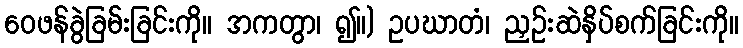
ဝေဖန်ခွဲခြမ်းခြင်းကို။ အကတွာ၊ ၍။) ဥပဃာတံ၊ ညှဉ်းဆဲနှိပ်စက်ခြင်းကို။